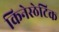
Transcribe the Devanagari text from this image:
किनेस्ठेटिक